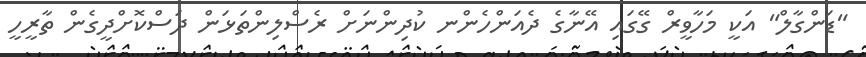
"ޑަންގާލް" އަކީ މަހާވީރް ގޭގައި އޭނާގެ ދެއަންހެންނ ކުދިންނަށް ރެސްލިންތަޅަން ދަސްކޮށްދީގެން ތާރީހީ